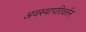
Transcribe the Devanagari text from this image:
अवस्थापरिवर्तन